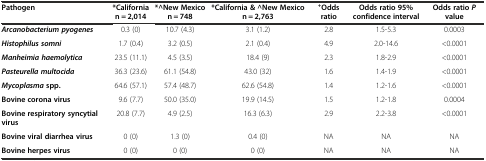
| Pathogen | *California n = 2,014 | *^New Mexico n = 748 | *California & ^New Mexico n = 2,763 | +Odds ratio | Odds ratio 95% confidence interval | Odds ratioPvalue |
 | --- | --- | --- | --- | --- | --- | --- |
 | Arcanobacterium pyogenes | 0.3 (0) | 10.7 (4.3) | 3.1 (1.2) | 2.8 | 1.5-5.3 | 0.0003 |
 | Histophilus somni | 1.7 (0.4) | 3.2 (0.5) | 2.1 (0.4) | 4.9 | 2.0-14.6 | <0.0001 |
 | Manheimia haemolytica | 23.5 (11.1) | 4.5 (3.5) | 18.4 (9) | 2.3 | 1.8-2.9 | <0.0001 |
 | Pasteurella multocida | 36.3 (23.6) | 61.1 (54.8) | 43.0 (32) | 1.6 | 1.4-1.9 | <0.0001 |
 | Mycoplasmaspp. | 64.6 (57.1) | 57.4 (48.7) | 62.6 (54.8) | 1.4 | 1.2-1.6 | <0.0001 |
 | Bovine corona virus | 9.6 (7.7) | 50.0 (35.0) | 19.9 (14.5) | 1.5 | 1.2-1.8 | 0.0004 |
 | Bovine respiratory syncytial virus | 20.8 (7.7) | 4.9 (2.5) | 16.3 (6.3) | 2.9 | 2.2-3.8 | <0.0001 |
 | Bovine viral diarrhea virus | 0 (0) | 1.3 (0) | 0.4 (0) | NA | NA | NA |
 | Bovine herpes virus | 0 (0) | 0 (0) | 0 (0) | NA | NA | NA |